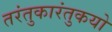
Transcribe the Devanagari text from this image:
तरंतुकारंतुकयो